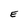
Character: E